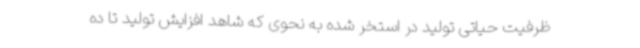
ظرفیت حیاتی تولید در استخر شده به نحوی که شاهد افزایش تولید تا ده